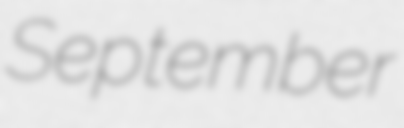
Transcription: September